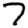
Digit: 7